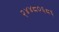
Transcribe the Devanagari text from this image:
२४४८०६८६